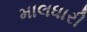
માલધારી